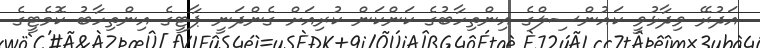
އަދުރޭ ވިދާޅުވީ ކައުންސިލްގެ އިންތިހާބުގެ ކަންކަން ކުރިއަށް ގެންދަނީ ޕާޓީގެ އިންތިހާބު ކޮމެޓީގެ